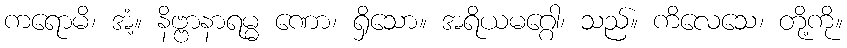
ကရောမိ၊ အံ့။ နိဗ္ဗာနာရမ္မ ဏော၊ ရှိသော။ အရိယမဂ္ဂေါ၊ သည်။ ကိလေသေ၊ တို့ကို။